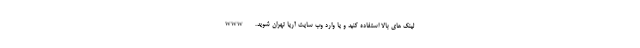
لینک های بالا استفاده کنید و یا وارد وب سایت آریا تهران شوید. www